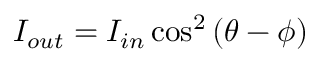
I _ { o u t } = I _ { i n } \cos ^ { 2 } { ( \theta - \phi ) }